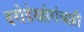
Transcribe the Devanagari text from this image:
दरोडेखोरांचाही